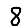
Digit: 8